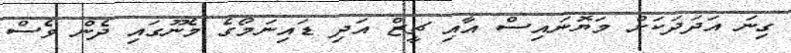
ގިނަ އަދަދަކަށް މަޔޮނައިސް އާއި ޗީޒް އަދި ޑައިނަމޯގެ މެނޫގައި ދެން ވެސް